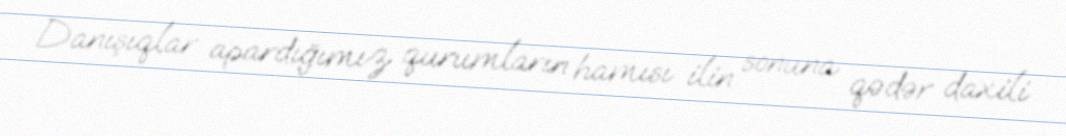
Danışıqlar apardığımız qurumların hamısı ilin sonuna qədər daxili